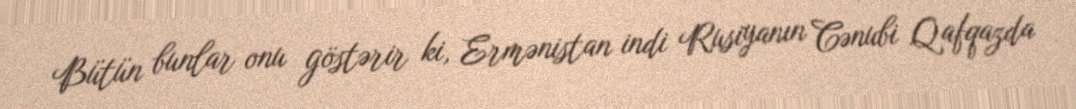
Bütün bunlar onu göstərir ki, Ermənistan indi Rusiyanın Cənubi Qafqazda